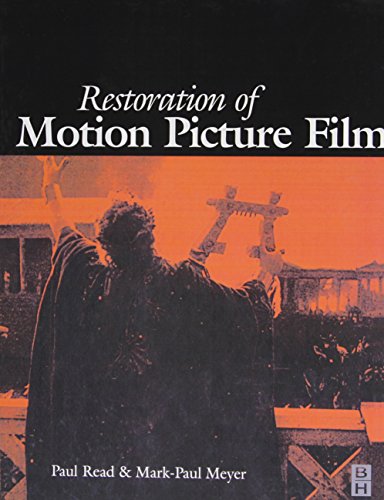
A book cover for Restoration of Motion Picture Film (Butterworth-Heinemann Series in Conservation and Museology); Paul Read; Humor & Entertainment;